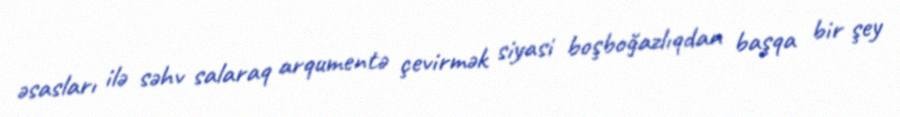
əsasları ilə səhv salaraq arqumentə çevirmək siyasi boşboğazlıqdan başqa bir şey